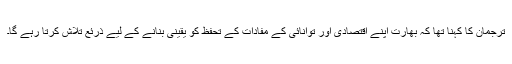
ترجمان کا کہنا تھا کہ بھارت اپنے اقتصادی اور توانائی کے مفادات کے تحفظ کو یقینی بنانے کے لیے ذرئع تلاش کرتا رہے گا۔